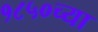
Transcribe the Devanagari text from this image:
१८५०च्या